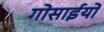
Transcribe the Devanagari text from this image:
गोसाईयों